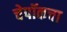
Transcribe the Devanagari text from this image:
चेपॉकचा